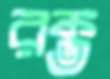
রক্ত